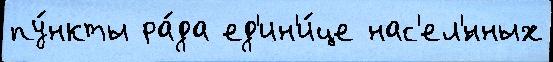
пу́нкты ра́да ед'ин'и́це нас'ел'́нных